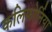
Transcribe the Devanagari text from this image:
कलिफोर्निया